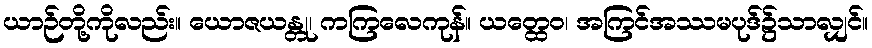
ယာဉ်တို့ကိုလည်း။ ယောဇယန္တု၊ ကကြလေကုန်။ ယတ္ထေဝ၊ အကြင်အဿမပုဒ်၌သာလျှင်။